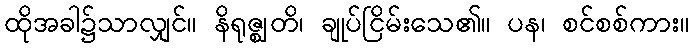
ထိုအခါ၌သာလျှင်။ နိရုဇ္ဈတိ၊ ချုပ်ငြိမ်းသေ၏။ ပန၊ စင်စစ်ကား။